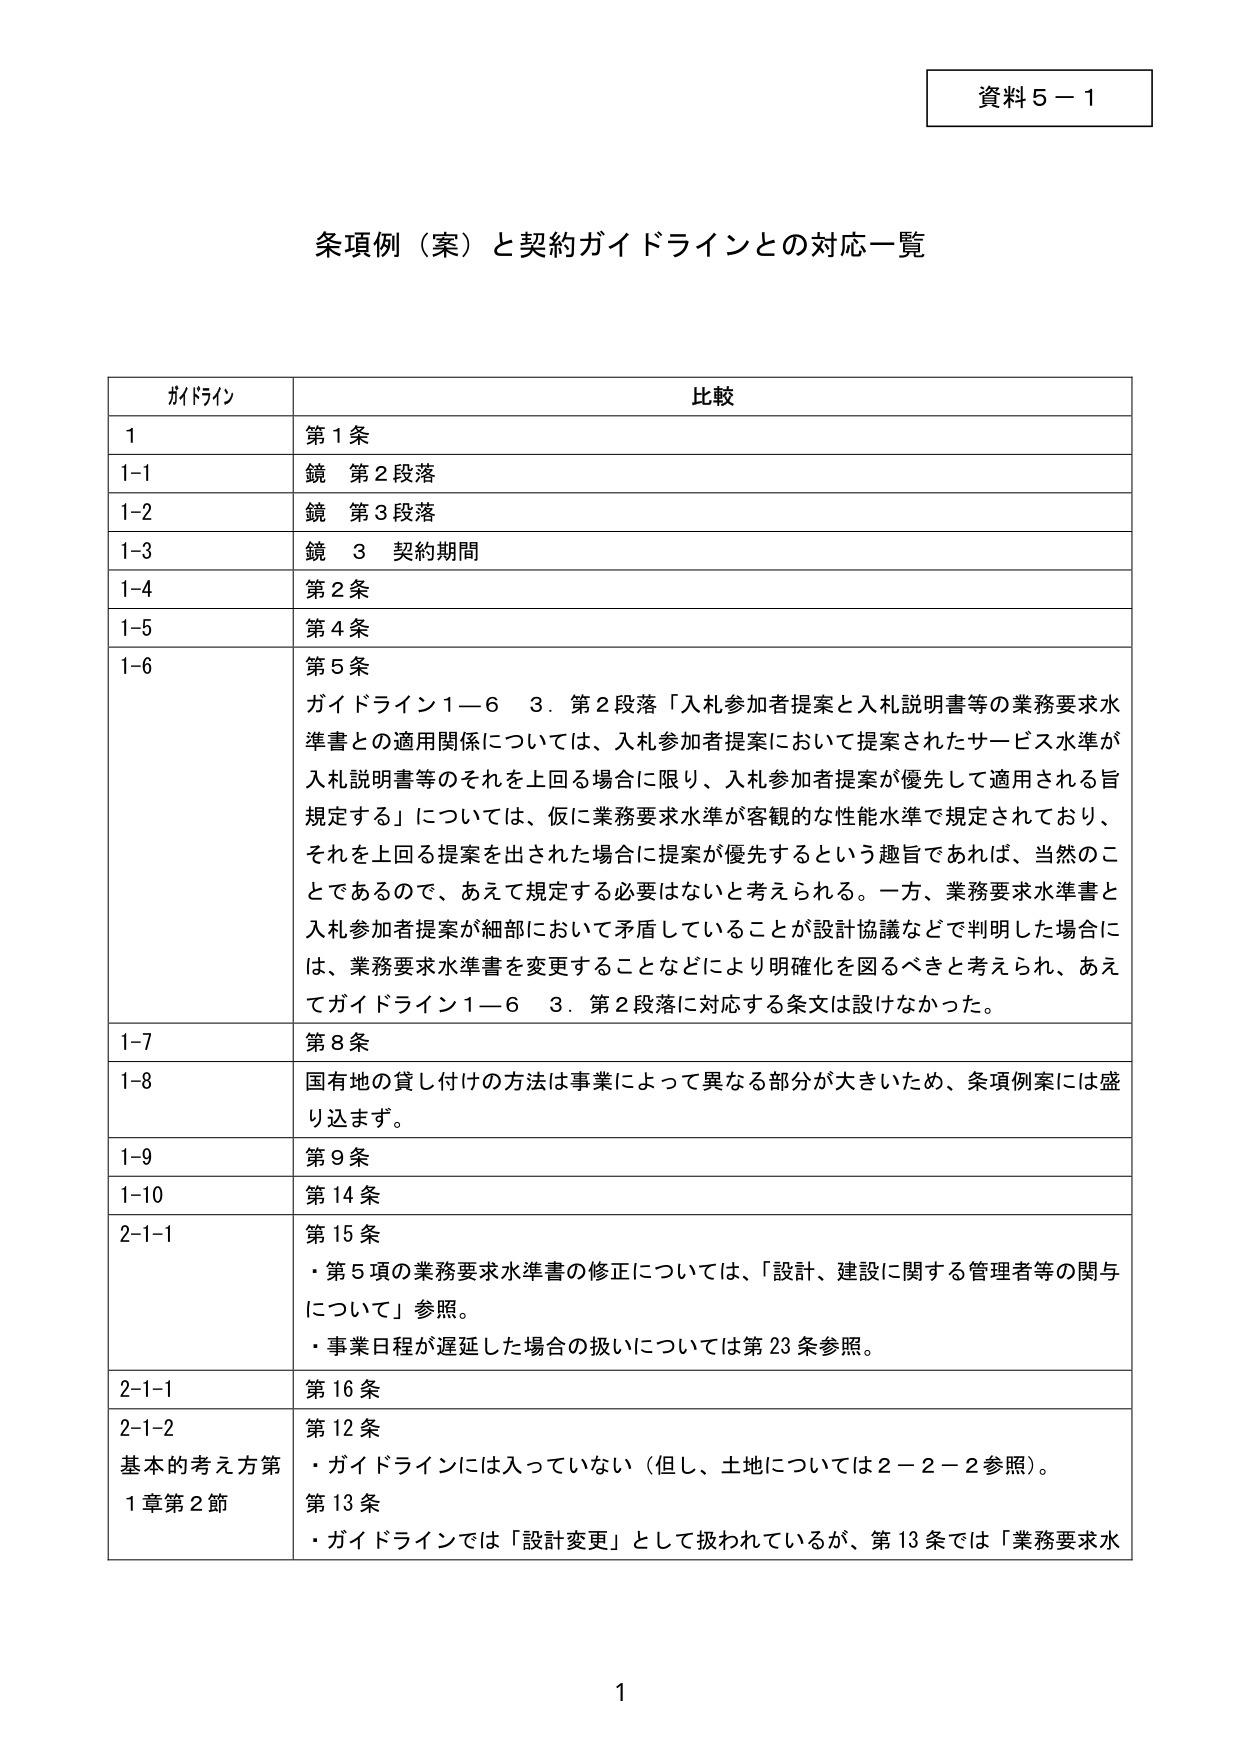
資料５－１

条項例（案）と契約ガイドラインとの対応一覧

ガイドライン　　　　　　　　　　　　　　　　　　　　　比較

1　　　　　　　　　　　　　　　　　　　　　　　　　　第１条

1-1　　　　　　　　　　　　　　　　　　　　　　　　鏡 第２段落

1-2　　　　　　　　　　　　　　　　　　　　　　　　鏡 第３段落

1-3　　　　　　　　　　　　　　　　　　　　　　　　鏡 ３ 契約期間

1-4　　　　　　　　　　　　　　　　　　　　　　　　第２条

1-5　　　　　　　　　　　　　　　　　　　　　　　　第４条

1-6　　　　　　　　　　　　　　　　　　　　　　　　第５条
ガイドライン１－６ ３．第２段落「入札参加者提案と入札説明書等の業務要求水準書との適用関係については、入札参加者提案において提案されたサービス水準が入札説明書等のそれを上回る場合に限り、入札参加者提案が優先して適用される旨規定する」については、仮に業務要求水準が客観的な性能水準で規定されており、それを上回る提案を出された場合に提案が優先するという趣旨であれば、当然のことであるので、あえて規定する必要はないと考えられる。一方、業務要求水準書と入札参加者提案が細部において矛盾していることが設計協議などで判明した場合には、業務要求水準書を変更することなどにより明確化を図るべきと考えられ、あえてガイドライン１－６ ３．第２段落に対応する条文は設けなかった。

1-7　　　　　　　　　　　　　　　　　　　　　　　　第８条

1-8　　　　　　　　　　　　　　　　　　　　　　　　国有地の貸し付けの方法は事業によって異なる部分が大きいため、条項例案には盛り込みます。

1-9　　　　　　　　　　　　　　　　　　　　　　　　第９条

1-10　　　　　　　　　　　　　　　　　　　　　　　第14条

2-1-1　　　　　　　　　　　　　　　　　　　　　　　第15条
・第５項の業務要求水準書の修正については、「設計、建設に関する管理者等の関与について」参照。
・事業日程が遅延した場合の扱いについては第23条参照。

2-1-1　　　　　　　　　　　　　　　　　　　　　　　第16条

2-1-2　　　　　　　　　　　　　　　　　　　　　　　第12条
基本的考え方第　　　　　　　　　　　　　　　　　　・ガイドラインには入っていない（但し、土地については２－２－２参照）。
１章第２節　　　　　　　　　　　　　　　　　　　　第13条
・ガイドラインでは「設計変更」として扱われているが、第13条では「業務要求水

1